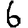
Digit: 6